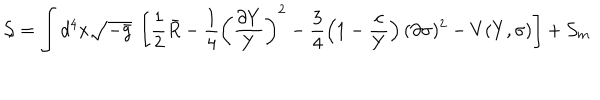
{ \cal S } = \int d ^ { 4 } x \sqrt { - \bar { g } } \ \left[ \frac { 1 } { 2 } \bar { R } - \frac { 1 } { 4 } \left( \frac { \partial Y } { Y } \right) ^ { 2 } - \frac { 3 } { 4 } \left( 1 - \frac { c } { Y } \right) ( \partial \sigma ) ^ { 2 } - V ( Y , \sigma ) \right] + { \cal S } _ { m } \hspace { 5 m m } \ ,